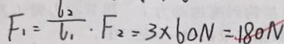
F _ { 1 } = \frac { l 2 } { l _ { 1 } } \cdot F _ { 2 } = 3 \times 6 0 N = 1 8 0 N